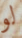
لو